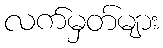
လက်မှတ်များ